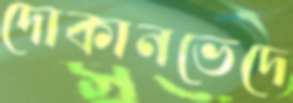
দোকানভেদে